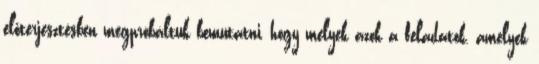
előterjesztésben megpróbáltuk bemutatni, hogy melyek azok a feladatok, amelyek